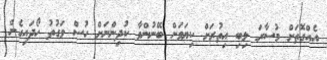
އެއްގޮތަށް މުސާރަ ލިބި އިތުރަށް ކިޔަވަން ބޭނުންވާ ކުދިންނަށް ހުސް ވަގުތު ހޯދައިގެން